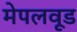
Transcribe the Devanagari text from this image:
मेपलवूड